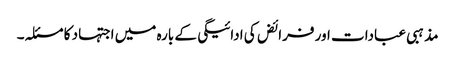
مذہبی عبادات اور فرائض کی ادائیگی کے بارہ میں اجتہاد کا مسئلہ۔